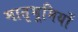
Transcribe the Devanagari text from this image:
मातृभूमियों